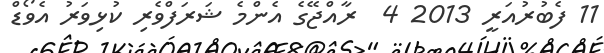
11 ފެބުރުއަރީ 2013 4  ރާއްޖޭގެ އެންމެ ޝަރަފްވެރި ކުޅިވަރު އެވޯޑް